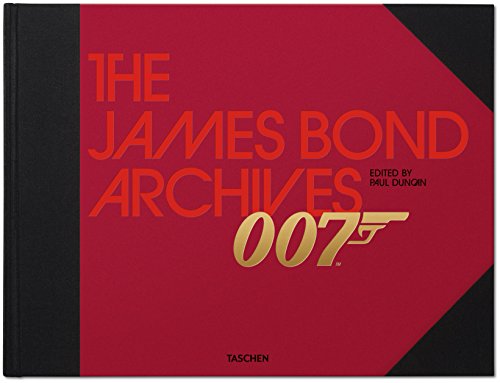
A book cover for The James Bond Archives: SPECTRE Edition; TASCHEN; Humor & Entertainment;